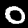
Digit: 0